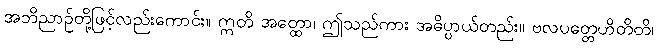
အဘိညာဉ်တို့ဖြင့်လည်းကောင်း။ ဣတိ အတ္ထော၊ ဤသည်ကား အဓိပ္ပာယ်တည်း။ ဗလပတ္တေဟိတိတိ၊